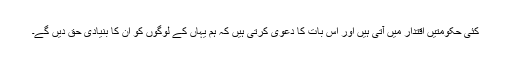
کئی حکومتیں اقتدار میں آتی ہیں اور اس بات کا دعویٰ کرتی ہیں کہ ہم یہاں کے لوگوں کو ان کا بنیادی حق دیں گے۔